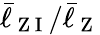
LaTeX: \bar{\ell}_{\mathrm{~Z~I~}}/\bar{\ell}_{\mathrm{~Z~}}